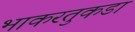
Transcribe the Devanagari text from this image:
भाकरतुकडा